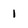
Character: 1